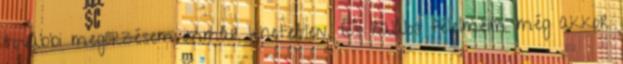
további megőrzésem immár lehetetlen. És halálos félelmeim még akkor